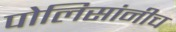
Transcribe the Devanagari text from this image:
पोलिसांनीच